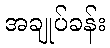
အချုပ်ခန်း